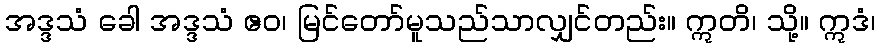
အဒ္ဒသံ ခေါ အဒ္ဒသံ ဧဝ၊ မြင်တော်မူသည်သာလျှင်တည်း။ ဣတိ၊ သို့။ ဣဒံ၊